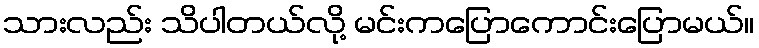
သားလည်း သိပါတယ်လို့ မင်းကပြောကောင်းပြောမယ်။